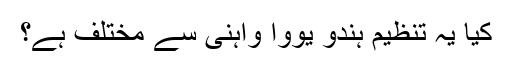
کیا یہ تنظیم ہندو یووا واہنی سے مختلف ہے؟